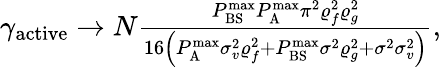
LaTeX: \begin{array}{r}{\gamma_{\mathrm{active}}\to N\frac{{P_{{\mathrm{BS}}}^{{\operatorname*{max}}}P_{\mathrm{A}}^{{\operatorname*{max}}}{\pi^{2}}\varrho_{f}^{2}\varrho_{g}^{2}}}{{16\left({P_{\mathrm{A}}^{{\operatorname*{max}}}\sigma_{v}^{2}\varrho_{f}^{2}+P_{{\mathrm{BS}}}^{{\operatorname*{max}}}{\sigma^{2}}\varrho_{g}^{2}+{\sigma^{2}}\sigma_{v}^{2}}\right)}},}\end{array}